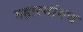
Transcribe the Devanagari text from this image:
महारमांगच